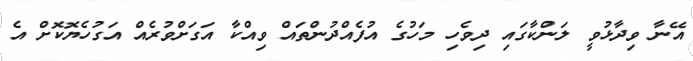
އޭނާ ވިދާޅުވީ ލަންކާގައި ދިވެހި މަހުގެ އުފެއްދުންތައް ވިއްކާ އަގަށްވުރެއް އަގުހެޔޮކޮށް އެ